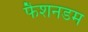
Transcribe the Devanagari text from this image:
फैशनडम